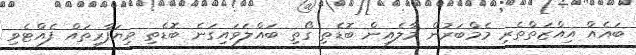
ބައެއް އިއްޒަތްތެރި މެމްބަރުން މާލެއިން ބޮޑެތި ގޯތި ބައްލަވައިގަނެ ބޮޑެތި ވިޔަފާރިތައް ފެއްޓެވި